Report on plague in the Punjab from October 1st ... to September 30th ..., being the ... season of plague in the province
Disease focus: Plague
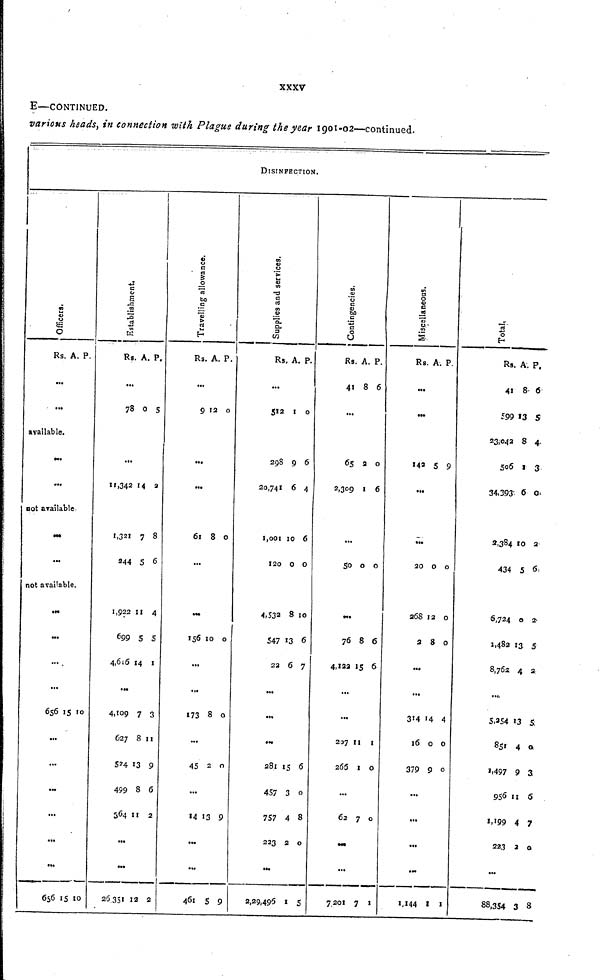
xxxv
E—CONTINUED.
various heads, in connection with Plague during the year 1901-02—continued.
DISINFECTION.
Officers.
Rs.
...
...
A. P.
available.
...
...
not available
...
...
not available.
...
...
...
...
656
...
...
...
...
...
...
656
15
15
10
10
Establishment.
Rs.
...
78
...
11 ,342
1,321
244
1,922
699
4,616
...
4,109
627
524
499
564
...
...
26,351
A.
0
14
7
5
11
5
14
7
8
13
8
11
12
P.
5
2
8
6
4
5
1
3
11
9
6
2
2
Travelling allowance.
Rs.
...
9
...
...
61
...
...
156
...
...
173
...
45
...
14
...
...
461
A.
12
8
10
8
2
13
5
P.
0
0
0
0
0
9
9
Supplies and services.
Rs.
...
512
298
20,741
1,001
120
4,532
547
22
...
...
...
281
457
757
223
...
2,29,495
A.
1
9
6
10
0
8
13
6
15
3
4
2
1
P.
0
6
4
6
0
10
6
7
6
0
8
0
5
Contingencies.
Rs.
41
...
65
2,309
...
50
...
76
4,122
...
...
207
265
...
62
...
...
7,201
A.
8
2
1
0
8
15
11
1
7
7
P.
6
0
6
0
6
6
1
0
0
1
Miscellaneous.
Rs.
...
...
142
...
...
20
268
2
...
...
314
16
379
...
...
...
...
1,144
A.
5
0
12
8
14
0
9
1
P.
9
0
0
0
4
0
0
1
Total.
Rs.
41
599
23,042
506
34,393
3,384
434
6,724
1,482
8,762
...
5,254
851
1,497
956
1,199
223
...
88,354
A.
8
13
8
3
6
10
5
0
13
4
13
4
9
11
4
2
3
P.
6
5
4
3
0
2
6
2
5
2
5
0
3
6
7
0
8